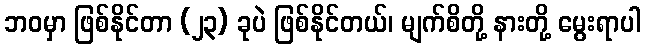
ဘဝမှာ ဖြစ်နိုင်တာ (၂၃) ခုပဲ ဖြစ်နိုင်တယ်၊ မျက်စိတို့ နားတို့ မွေးရာပါ